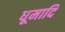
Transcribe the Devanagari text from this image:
धूमादि